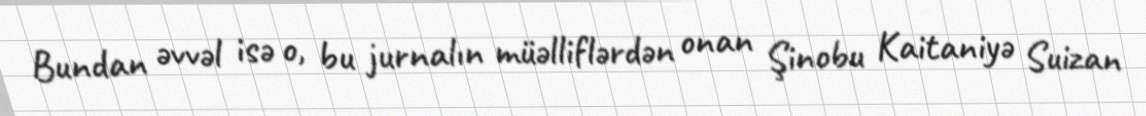
Bundan əvvəl isə o, bu jurnalın müəlliflərdən onan Şinobu Kaitaniyə Suizan